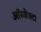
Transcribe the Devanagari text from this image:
ऑब्जेक्ट।